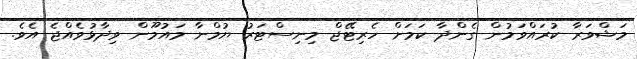
މަޝްވަރާ ކުރައްވަމުން ގެންދާ ކަމަށް ހެރިޓޭޖް މިނިސްޓަރު ޔުމްނާ މައުމޫން ވިދާޅުވެއްޖެ އެވެ.